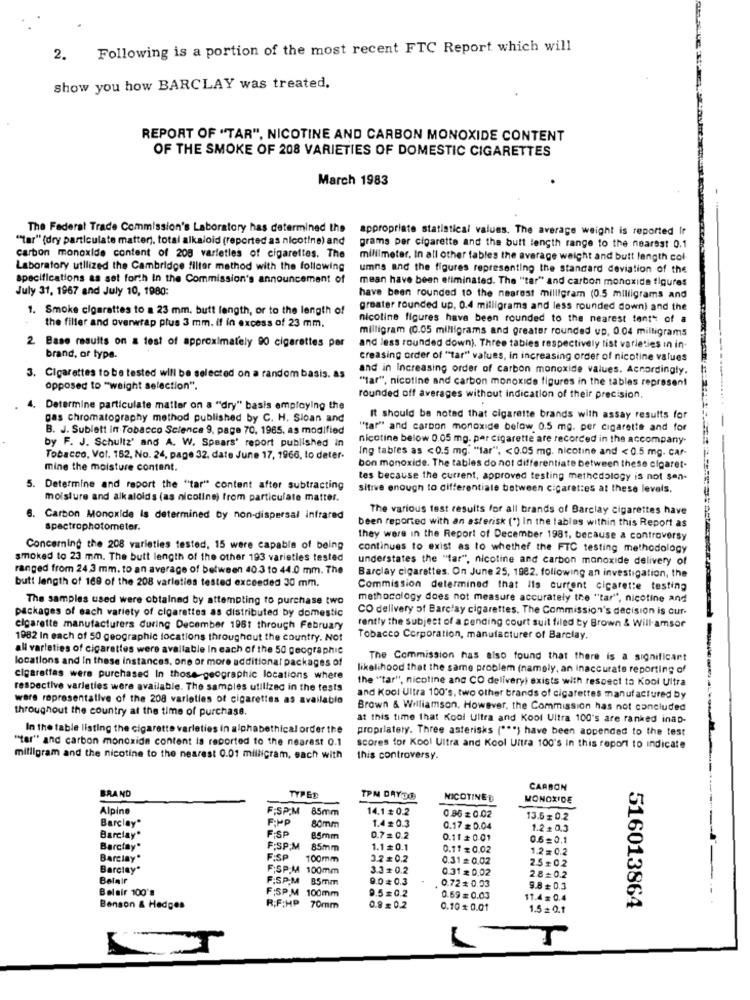
2. Following is a portion of the most recent FTC Report which will
show you how BARCLAY was treated.
REPORT OF "TAR", NICOTINE AND CARBON MONOXIDE CONTENT
OF THE SMOKE OF 208 VARIETIES OF DOMESTIC CIGARETTES
March 1983
The Federal Trade Commission's Laboratory has determined the
appropriate statistical values. The average weight is reported Ir
""tar" (dry particulate matter), total alkaloid (reported as nicotine) and
grams per cigarette and the butt length range to the nearest 0.1
carbon monoxide content of 208 varieties of cigarettes. The
millimeter, In all other fables the average weight and butt length col-
Laboratory utilized the Cambridge filter method with the following
umns and the figures representing the standard deviation of the
specifications as set forth in the Commission's announcement of
mean have been eliminated. The "tar" and carbon monoxide figures
July 31, 1967 and July 10, 1980:
have been rounded to the nearest milligram (0.5 milligrams and
1. Smoke cigarettes to a 23 mm. butt length, or to the length of
greater rounded up. 0.4 milligrams and less rounded down) and the
nicotine figures have been rounded to the nearest tent" of a
the filler and overwrap plus 3 mm. if in excess of 23 mm.
milligram (0.05 milligrams and greater rounded up, 0.04 milligrams
2. Base results on a test of approximately 90 cigarettes per
and less rounded down). Three tables respectively list varieties in in-
brand, or type.
creasing order of "tar" values, in increasing order of nicotine values
and in Increasing order of carbon monoxide values. Accordingly.
3. Cigarettes to be tested will be selected on a random basis. as
"tar", nicotine and carbon monoxide figures in the tables represent
opposed to "weight selection".
rounded off averages without indication of their precision,
4. Determine particulate matter on a "dry" basis employing the
gas chromatography method published by C. H. Sloan and
It should be noted that cigarette brands with assay results for
B. J. Sublett in Tobacco Science 9, page 70, 1965, as modified
"tar" and carbon monoxide below 0.5 mg. per cigarette and for
nicotine below 0.05 mg. par cigarette are recorded in the accompany-
by F. J. Schultz' and A. W. Spears' report published in
Ing tables as <0.5 mg. "lar", < 0.05 mg. nicotine and < 0.5 mg. car-
Tobacco, Vol. 162, No. 24, page 32, date June 17, 1966, lo deter-
mine the moisture content.
bon monoxide. The tables do not differentiate between these cigaret-
tes because the current, approved testing methodology is not sen-
5. Determine and report the "tar" content after subtracting
sitive enough to differentiate between cigarettes at these levels.
moisture and alkaloids (as nicoline) from particulate matter.
The various test results for all brands of Barclay cigarettes have
6. Carbon Monoxide Is determined by non-dispersal infrared
been reported with an asterisk (*) In the tables within this Report as
spectrophotometer.
they were in the Report of December 1981, because a controversy
Concerning the 208 varieties tested, 15 were capable of being
continues to exist as to whether the FTC testing methodology
smoked to 23 mm. The butt length of the other 193 varieties tested
understates the "far", nicotine and carbon monoxide delivery of
ranged from 24.3 mm. to an average of between 40.3 to 44.0 mm. The
butt length of 168 of the 208 varieties tested exceeded 30 mm.
Barclay cigarettes. On June 25, 1982. following an investigation, the
Commission determined that Ils current cigarette testing
The samples used were obtained by attempting to purchase two
methodology does not measure accurately the "tar", nicotine and
packages of each variety of cigarettes as distributed by domestic
CO delivery of Barclay cigarettes. The Commission's decision is our-
rently the Subject of a cending court suit filed by Brown & Will.amsor
cigarette manufacturers during December 1981 through February
1982 In each of 50 geographic locations throughout the country. Not
Tobacco Corporation, manufacturer of Barclay.
all varieties of cigarettes were available In each of the 50 geographic
locations and in these instances, one or more additional packages of
The Commission has also found that there is a significant
likelihood that the same problem (namely, an inaccurate reporting of
cigarettes were purchased In those-geographic locations where
the "tar", nicotine and CO delivery) exists with respect to Kool Ultra
respective varieties were available. The samples utilized in the tests
ware representative of the 208 varieties of cigarettes as available
and Kool Ultra 100's, two Other brands of cigarettes manufactured by
throughout the country at the time of purchase.
Brown & Williamson. However, the Commission has not concluded
at this time that Kool Ultra and Kool Ultra 100's are ranked inap-
In the table listing the cigarette varieties in alphabethica! order the
propriatety. Three asterisks ("*") have been appended to the test
"tar" and carbon monoxide content la reported to the nearest 0.1
scores for Kool Ultra and Kool Ultra 100's In this report to indicate
milligram and the nicotine to the nearest 0.01 milligram, each with
this controversy.
BRAND
CARBON
TYPED
TPM DAYDO
NICOTINED
MONOXIDE
Alpine
F:SP.M
85mm
14.1 # 0.2
Barclay"
F:MP
0.86 = 0.02
13.6 = 0.2
F SP
80mm
1.4 # 0.3
0.17 = 0.04
1.2 = 0.3
Barclay"
85mm
0.7 = 0.2
0.11 # 0.01
0.6=0.1
Barclay"
F:SP.M
85mm
1.1 =0.1
0.11 = 0.02
1.2= 0.2
Barclay*
F:S.P
100mm
3.2 = 0.2
0.31 = 0.02
2.5#02
Barclay*
F:SP.M
100mm
3.0 = 0.2
0.31= 0.02
F.S.P.M
85mm
9.0 0.3
0.72 = 0.03
2.8=0.2
Belair 100's
FISPM
100mm
9.5= 0.2
9.8 + 0.3
R;F:HP
0.59 = 0.03
11.4 = 0.4
Benson & Hedges
70mm
0.8 = 0.2
0.10 = 0.01
1.5 = 0.1
516013864
L